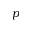
p